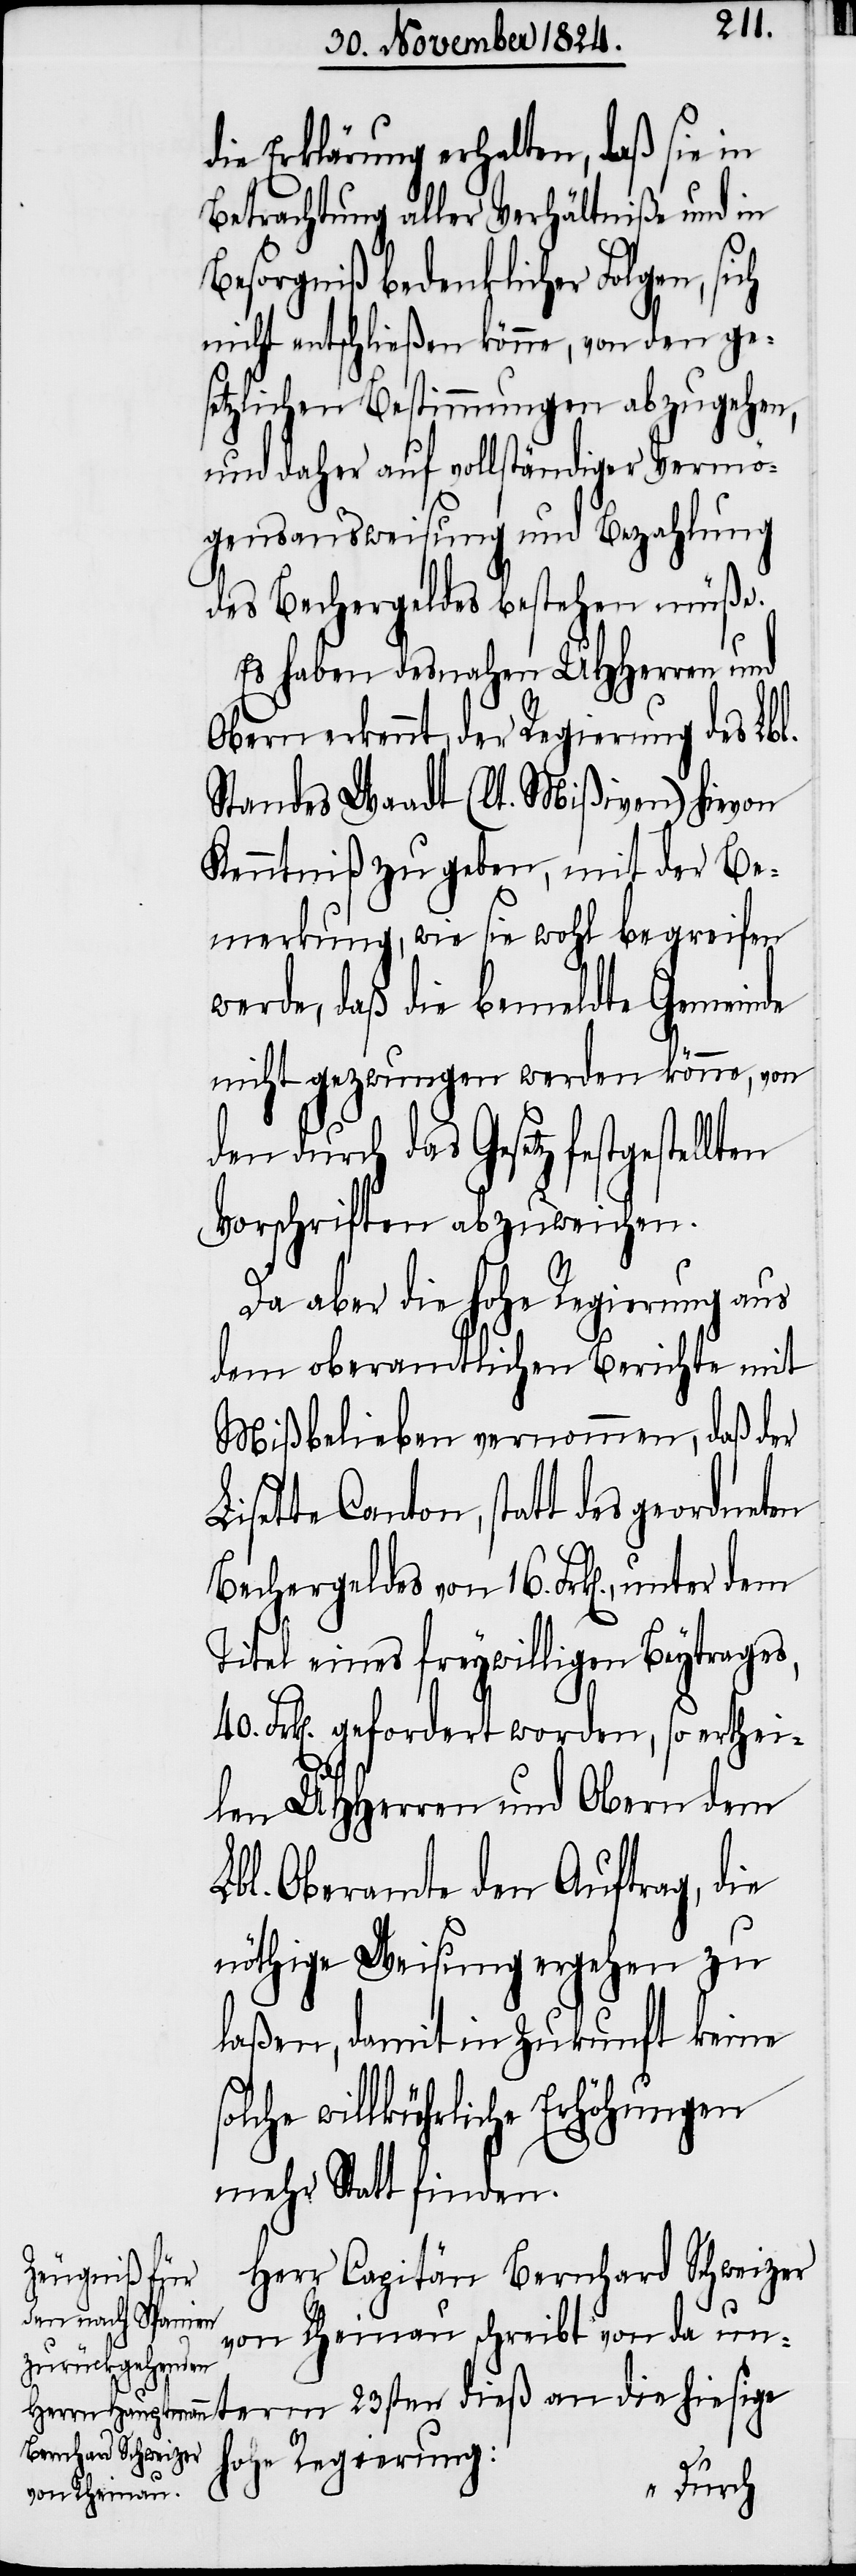
die Erklärung erhalten, daß sie in
Betrachtung aller Verhältniße und in
term 23sten dieß an die hie¬
nicht entschließen könne, von den ge¬
setzlichen Bestimmungen abzugehen,
und daher auf vollständiger Vermö¬
gensausweisung und Bezahlung
des Bechergeldes bestehen müße.
Es haben desnahen UHHerren und
Obern erkennt, der Regierung des Lbl.
Standes Waadt (lt. Mißiven) hievon
Kenntniß zu geben, mit der Be¬
merkung, wie sie wohl begreifen
werde, daß die bemeldte Gemeinde
nicht gezwungen werden könne, von
den durch das Gesetz festgestel¬
Vorschriften abzuweichen.
Da aber die hohe Regierung aus
dem oberamtlichen Berichte mit
Mißbelieben vernommen, daß der
Canton, statt des geordneten
Bechergeldes von 16. Frk[en]., unter
Titel eines freywilligen Beytrages,
Frk[en]. gefordert worden, so erthei¬
len UHHerren und Obern dem
Lbl. Oberamte den Auftrag, die
nöthige Weisung ergehen zu
laßen, damit in Zukunft keine
lche willkürlichen Erhöhungen
mehr Statt finden.
Herr Capitän Bernhard Schweizer
von Rheinau schreibt von da un¬
sige Regierung:
so¬